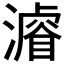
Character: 𣿼